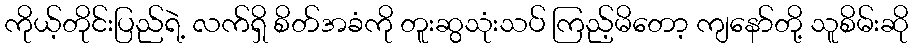
ကိုယ့်တိုင်းပြည်ရဲ့ လက်ရှိ စိတ်အခံကို တူးဆွသုံးသပ် ကြည့်မိတော့ ကျနော်တို့ သူစိမ်းဆို